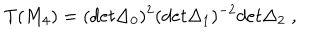
LaTeX: T ( M _ { 4 } ) = ( d e t \Delta _ { 0 } ) ^ { 2 } ( d e t \Delta _ { 1 } ) ^ { - 2 } d e t \Delta _ { 2 } \; ,